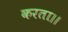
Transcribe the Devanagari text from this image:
करता।।